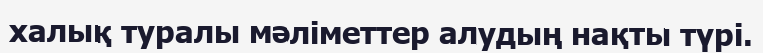
халық туралы мәліметтер алудың нақты түрі.